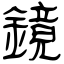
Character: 鏡